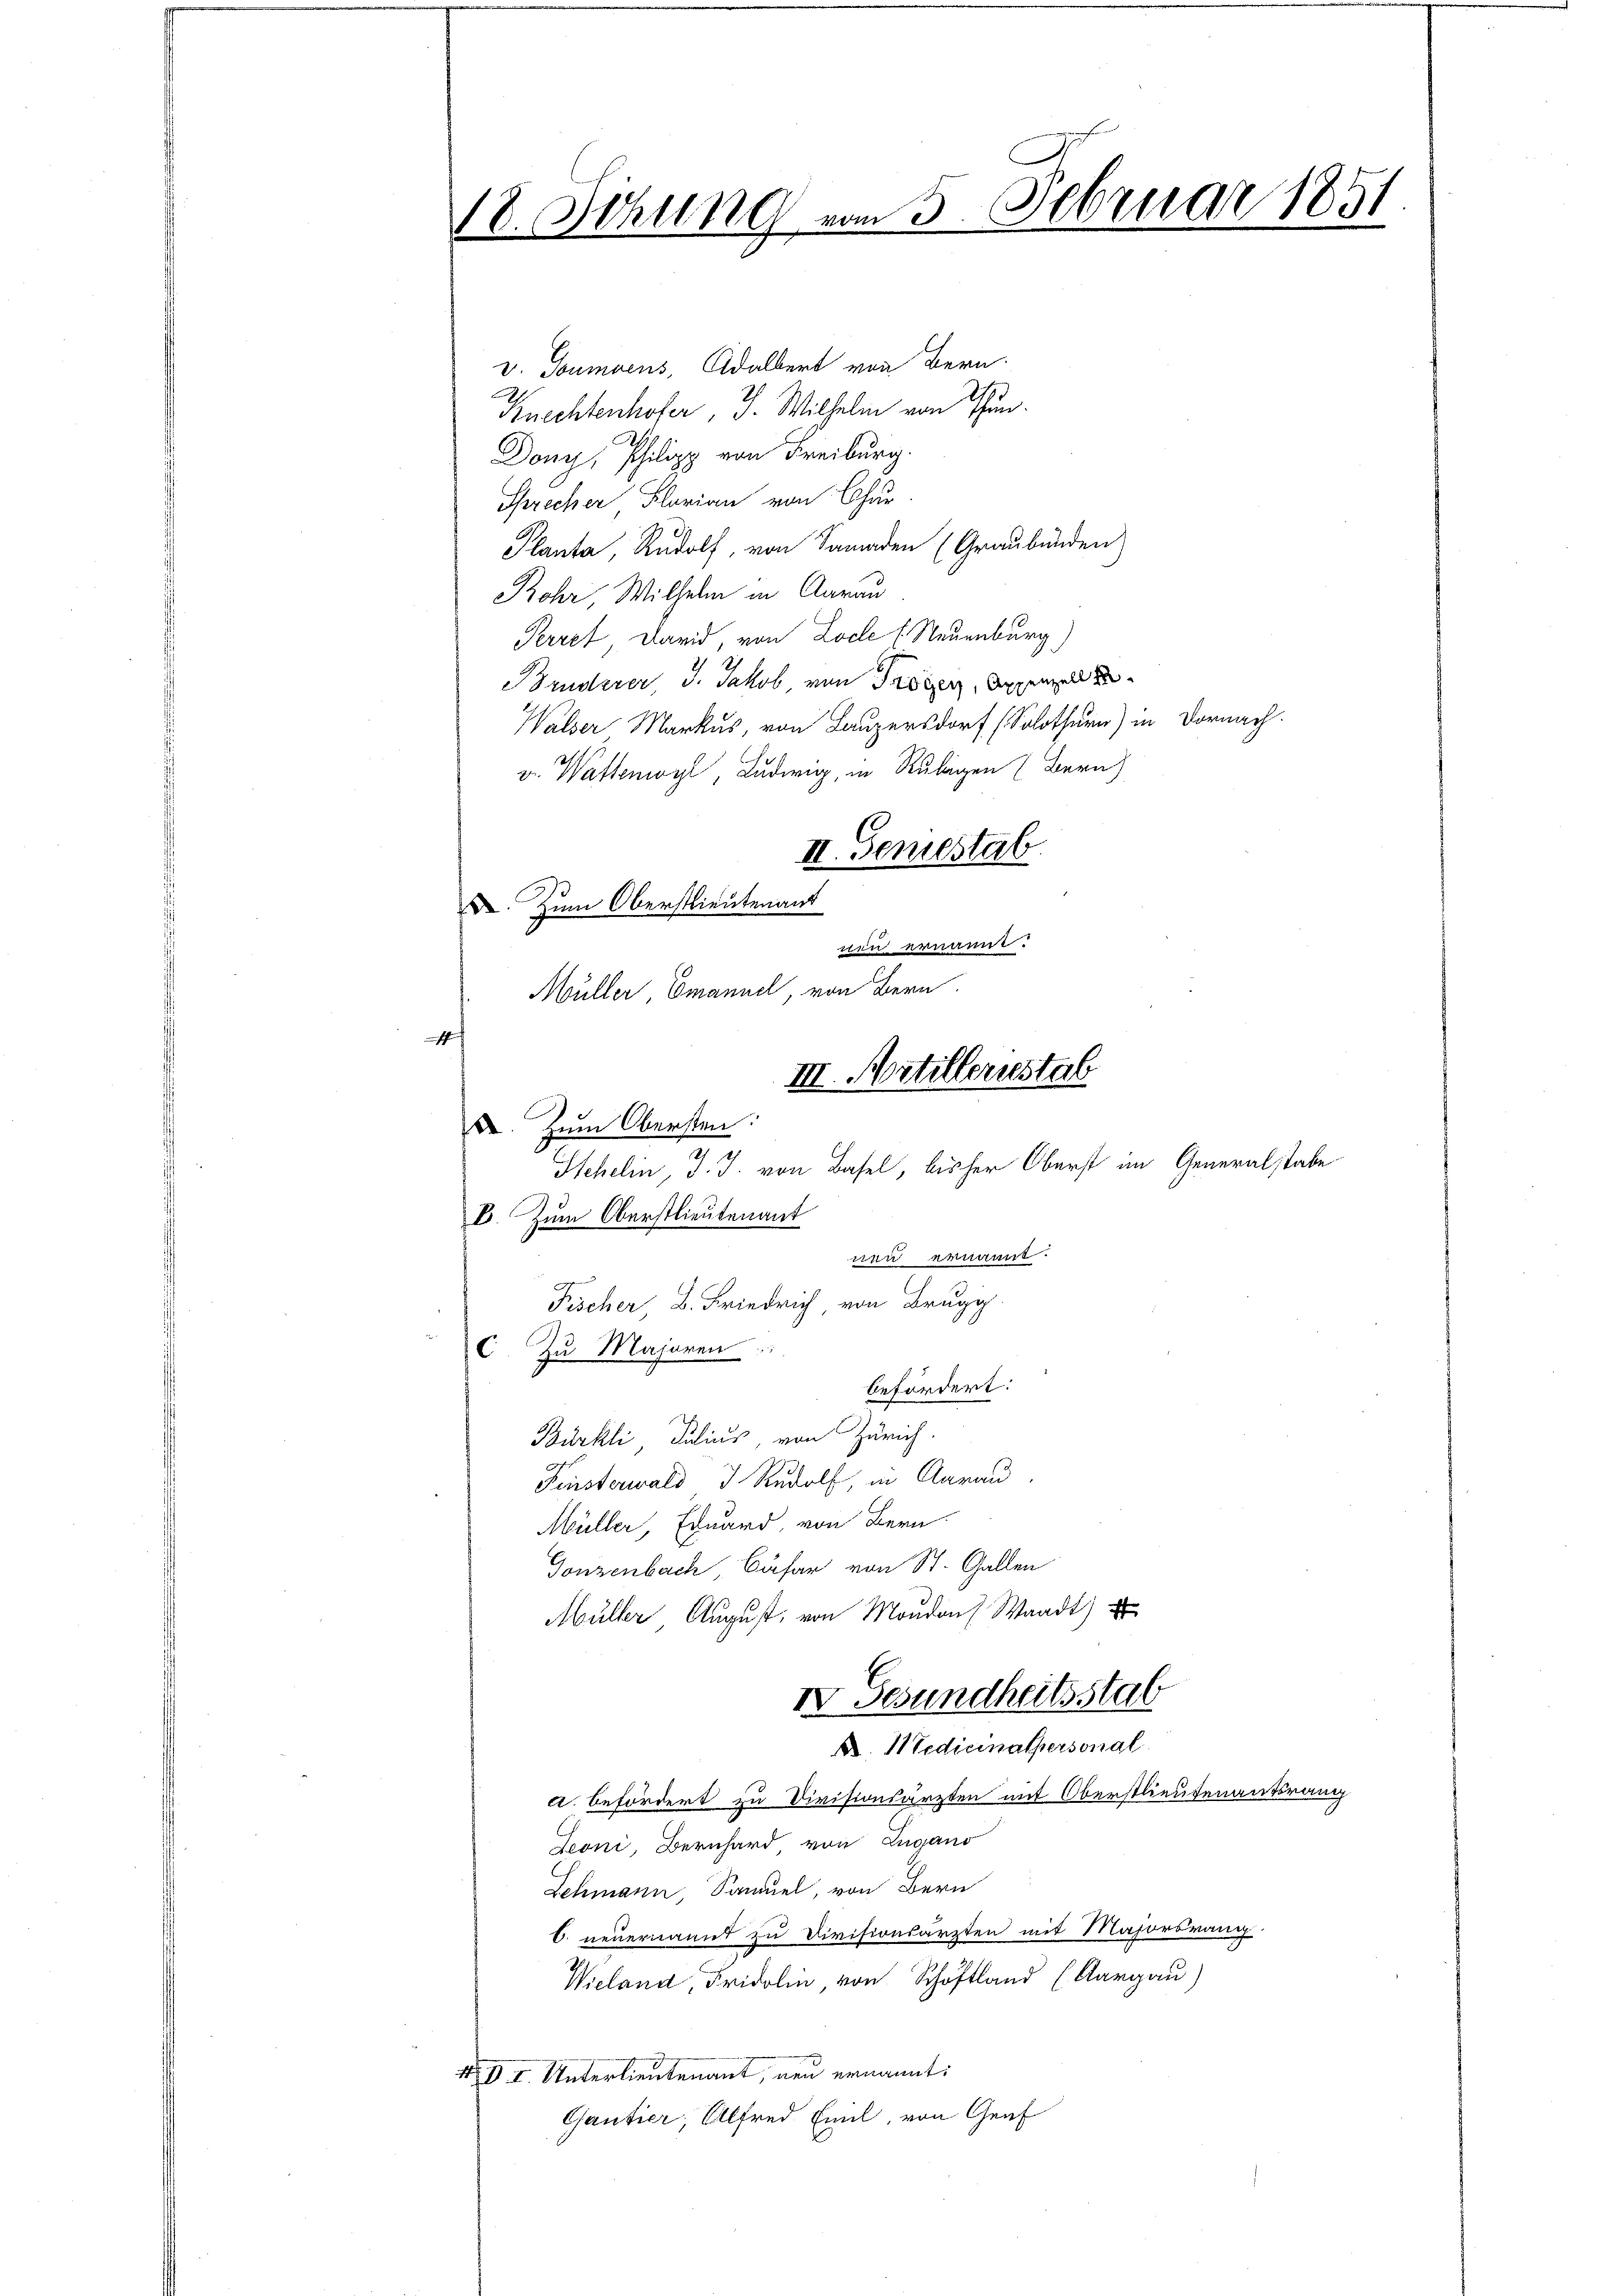
18. Ochung vom 5. Februar 1851
.

v. Goumoens, Adalbert von Bern.
Knechtenhofer, J. Wilhelm von Thun¬
Dony, Philipp von Freiburg.
Sprecher Flarian von Char
Planta, Rudolf, von Sanaden (Graubünden
Rohr, Wilhelm in Aarau
Perre Darid, von Locke (Neuenburg)
Kinderer J. Jakob, von Pröder, An
Walser Markus, von Luzersdorf (Solothurn) in Dornach.
v. Wastenwyl, Ludwig, in Rubigen (Bern)
II. Semestab.
. Zum Oberstlieutenant
nen ernannt.
Müller Emanuel, von Bern
4
III. Artillernstab
u. Zum Obersten:
3
Stehelin, d. J. von Basel, bisher Oberst im Generalstabe
E. Zum Oberstlieutenant

Fischer, B. Friedrich von Brugg
C. Zu Majoren

wen ernannt.
befördert:
Gonzenbach, Cäsar von St. Gallen
Müller August, von Moudon Waadt)
IV. Gesundheitsstab

Bürkli, Julius von Zürich
Fensterwald J. Rudolf, in Aarau
Müller, Eduard, von Bern
a. befördert zu Divisionsärzten mit Oberstlieutenantsrang
Jeoni, Bernhard, von Zugano
Lehmann, Samuel, von Bern
C. neuernannt zu Divisionsarzten mit Majorsrang.
Wieland, Fridolin, von Schotland (Aargau)
N. O. I. Unterlieutenant, neu ernannt:
Gantier, Alfred Emil, von Graf

A. Medicinalpersonal